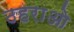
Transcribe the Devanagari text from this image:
ठहराओ